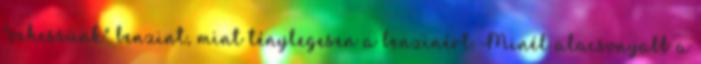
"vehessünk" benzint, mint ténylegesen a benzinért. Minél alacsonyabb a